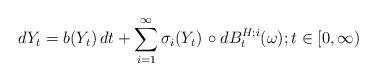
LaTeX: \begin{align*}dY_t &= b(Y_t)\, dt + \sum_{i = 1}^{\infty} \sigma_i(Y_t) \,\circ dB^{H;i}_t(\omega); t \in [0,\infty)\end{align*}